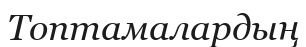
Топтамалардың